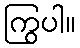
ကြွပါ။